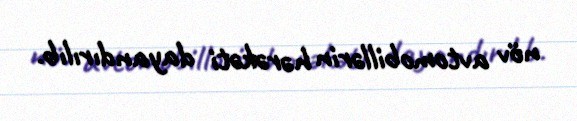
növ avtomobillərin hərəkəti dayandırılıb.